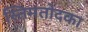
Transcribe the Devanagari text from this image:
स्तिमतोदका